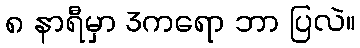
၈ နာရီမှာ 3ကရော ဘာ ပြလဲ။